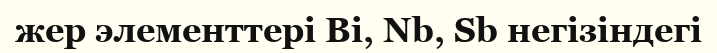
жер элементтері Ві, Nb, Sb негізіндегі